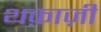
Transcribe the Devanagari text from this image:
थक़ाज़ी